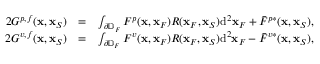
\begin{array} { r l r } { 2 G ^ { p , f } ( { \bf x } , { \bf x } _ { S } ) } & { = } & { \int _ { \partial \mathbb { D } _ { F } } F ^ { p } ( { \bf x } , { \bf x } _ { F } ) R ( { \bf x } _ { F } , { \bf x } _ { S } ) \mathrm { d } ^ { 2 } { \bf x } _ { F } + \bar { F } ^ { p * } ( { \bf x } , { \bf x } _ { S } ) , } \\ { 2 G ^ { v , f } ( { \bf x } , { \bf x } _ { S } ) } & { = } & { \int _ { \partial \mathbb { D } _ { F } } F ^ { v } ( { \bf x } , { \bf x } _ { F } ) R ( { \bf x } _ { F } , { \bf x } _ { S } ) \mathrm { d } ^ { 2 } { \bf x } _ { F } - \bar { F } ^ { v * } ( { \bf x } , { \bf x } _ { S } ) , } \end{array}